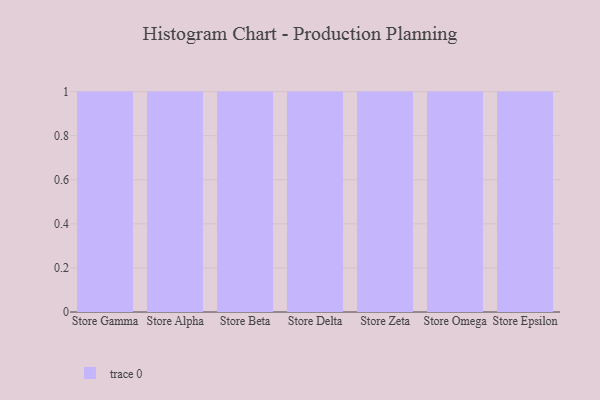
{"axis": {"x": "Store", "y": "Humidity (%)"}, "legend": [""], "data": [{"x": "Store Gamma", "y": 11, "type": ""}, {"x": "Store Alpha", "y": 85, "type": ""}, {"x": "Store Beta", "y": 26, "type": ""}, {"x": "Store Delta", "y": 91, "type": ""}, {"x": "Store Zeta", "y": 12, "type": ""}, {"x": "Store Omega", "y": 36, "type": ""}, {"x": "Store Epsilon", "y": 48, "type": ""}]}